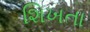
શિખતા